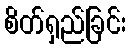
စိတ်ရှည်ခြင်း